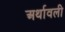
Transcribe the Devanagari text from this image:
अर्थावली